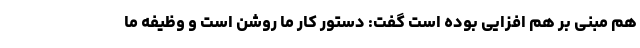
هم مبنی بر هم افزایی بوده است گفت: دستور کار ما روشن است و وظیفه ما